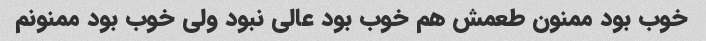
خوب بود ممنون طعمش هم خوب بود عالی نبود ولی خوب بود ممنونم